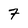
Character: 7